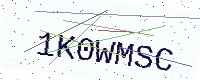
Text: 1K0WMSC